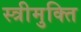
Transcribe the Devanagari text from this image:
स्त्रीमुक्ति